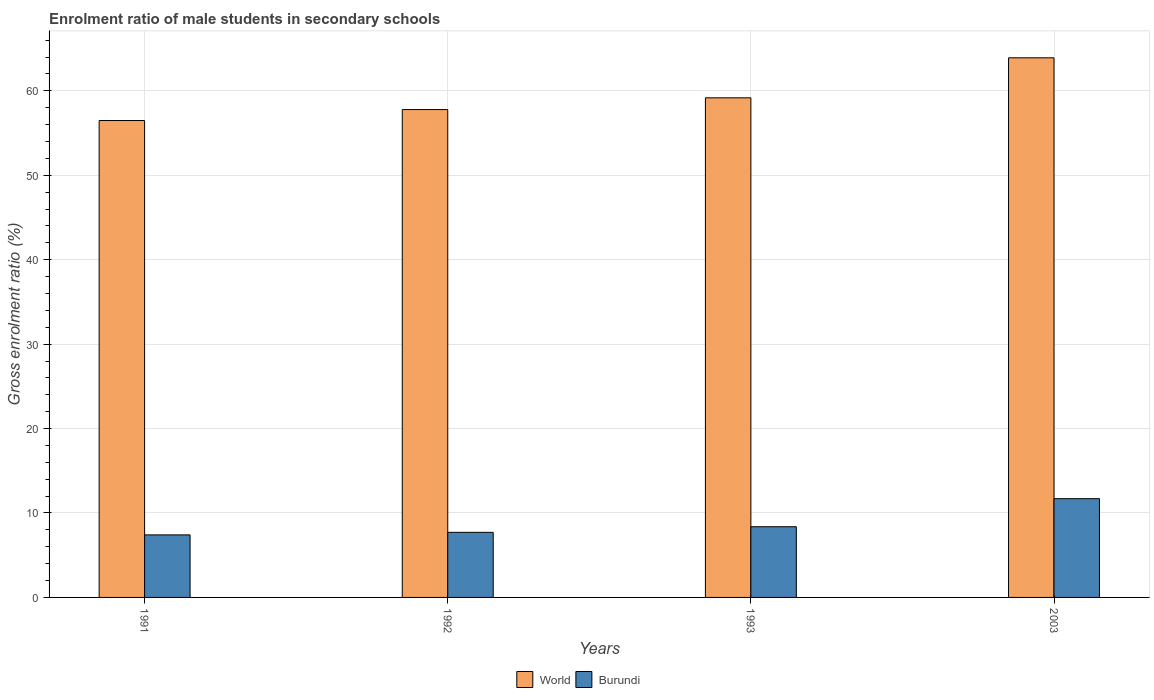
| Years | World | Burundi |
 | --- | --- | --- |
 | 1991 | 56.5 | 7.41 |
 | 1992 | 57.8 | 7.71 |
 | 1993 | 59.2 | 8.37 |
 | 2003 | 63.9 | 11.7 |